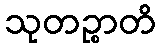
သုတဉ္စာတိ